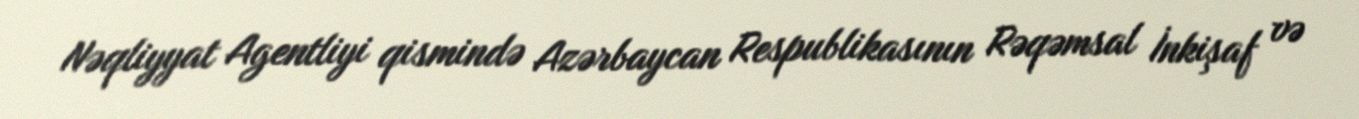
Nəqliyyat Agentliyi qismində Azərbaycan Respublikasının Rəqəmsal İnkişaf və